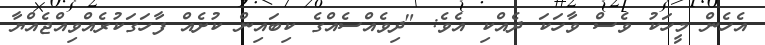
އެހެން މީހަކު ވެސް ވާހަކަ ދެއްކި އެވެ: "ދިވެއްސެއްގެ ކިބައިން ކުށެއް ފާހަގަކުރެއްވިއްޖެއްޔާ